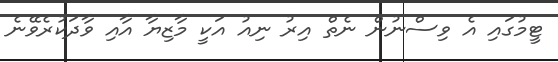
ޓީމުގައި އެ ވިސްނުން ނެތް އިރު ނިއު އަކީ މާޒިޔާ އާއި ވާދަކުރެވޭނެ